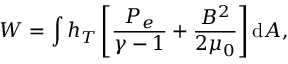
W = \int \ensuremath { h _ { T } } \left[ \frac { P _ { e } } { \gamma - 1 } + \frac { B ^ { 2 } } { 2 \mu _ { 0 } } \right] \mathrm { d } A ,